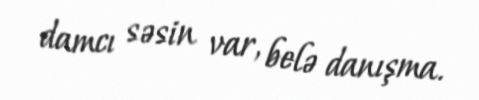
damcı səsin var, belə danışma.